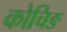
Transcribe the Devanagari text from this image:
कोचिङ